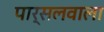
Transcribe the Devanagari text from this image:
पार्सलवाला